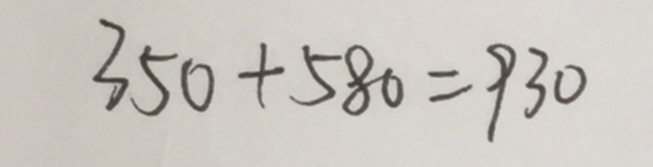
3 5 0 + 5 8 0 = 9 3 0